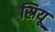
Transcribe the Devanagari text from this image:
स्रियू